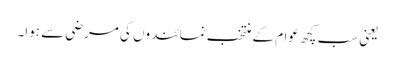
یعنی سب کچھ عوام کے منتخب نمائندوں کی مرضی سے ہوا۔